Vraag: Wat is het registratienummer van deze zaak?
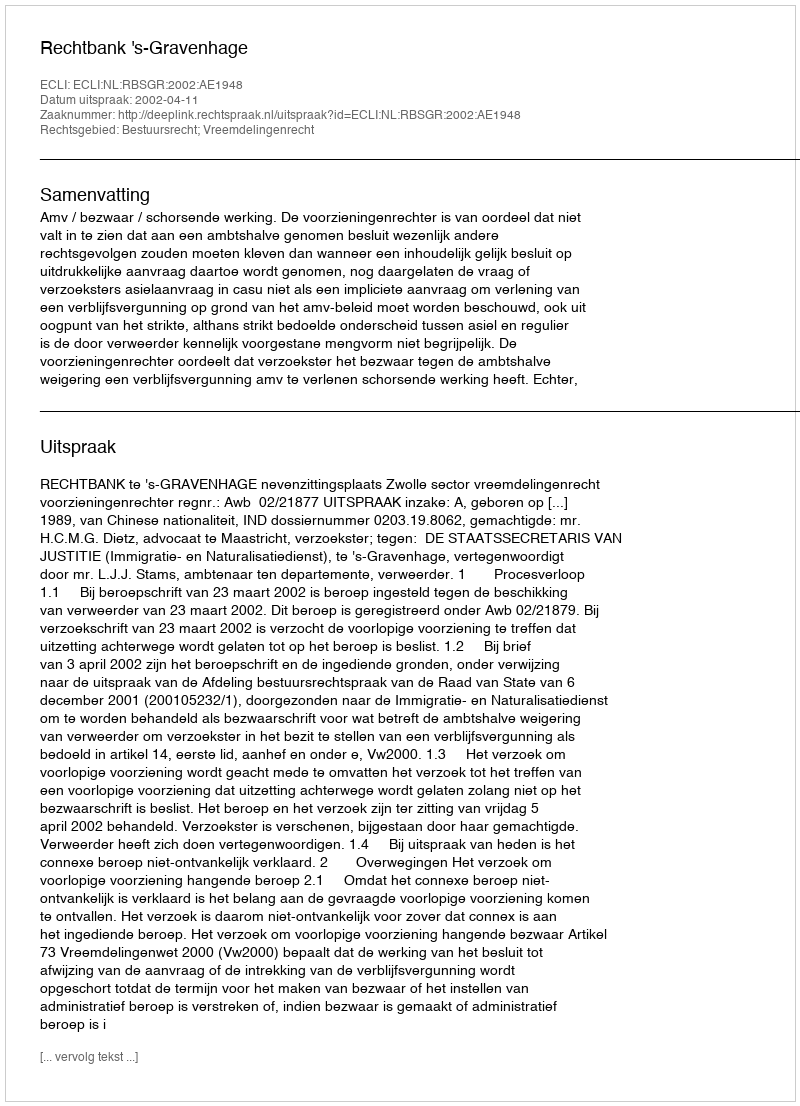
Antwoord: http://deeplink.rechtspraak.nl/uitspraak?id=ECLI:NL:RBSGR:2002:AE1948